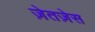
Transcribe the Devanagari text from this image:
ज़ेतज़ेस